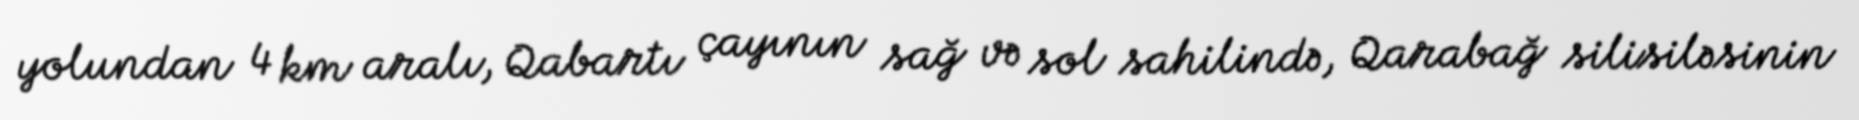
yolundan 4 km aralı, Qabartı çayının sağ və sol sahilində, Qarabağ silisiləsinin